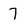
Character: 7